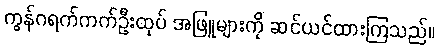
ကွန်ဂရက်ကက်ဦးထုပ် အဖြူများကို ဆင်ယင်ထားကြသည်။